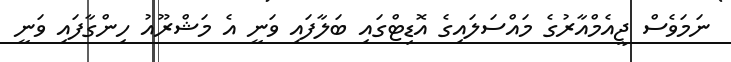
ނަމަވެސް ޖީއެމްއާރުގެ މައްސަލައިގެ އޮޑިޓްގައި ބަލާފައި ވަނީ އެ މަޝްރޫއު ހިންގާފައި ވަނީ